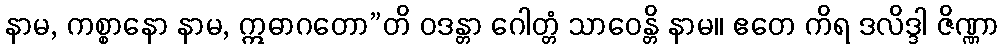
နာမ, ကစ္စာနော နာမ, ဣဓာဂတော”တိ ဝဒန္တာ ဂေါတ္တံ သာဝေန္တိ နာမ။ ဧတေ ကိရ ဒလိဒ္ဒါ ဇိဏ္ဏာ